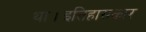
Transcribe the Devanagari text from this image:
था।इतिहासकार